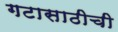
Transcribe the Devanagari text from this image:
गटासाठीची